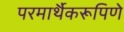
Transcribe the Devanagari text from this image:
परमार्थैकरूपिणे